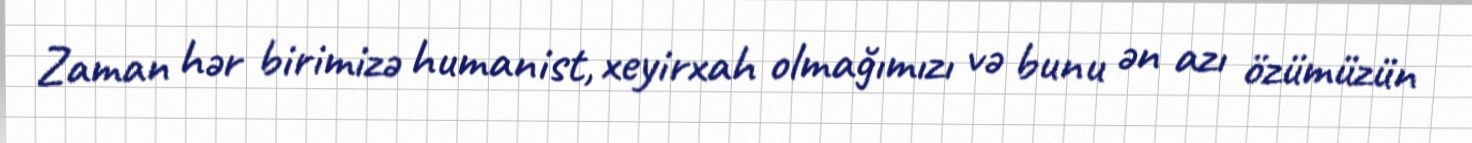
Zaman hər birimizə humanist, xeyirxah olmağımızı və bunu ən azı özümüzün